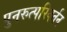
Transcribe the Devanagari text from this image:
पुनरुत्परिवर्तन